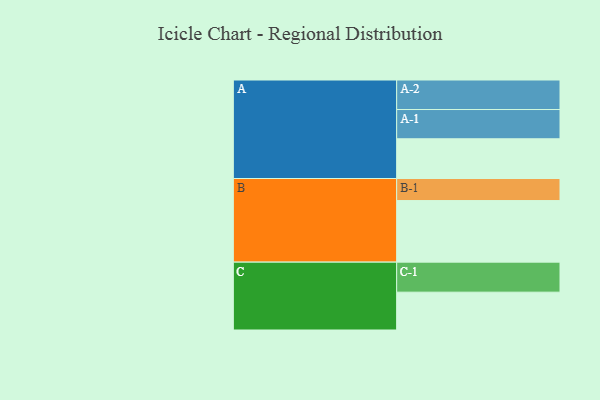
{"axis": {"x": "Segment", "y": "Value"}, "legend": ["", "A", "B", "C"], "data": [{"x": "A", "y": 315, "type": ""}, {"x": "B", "y": 488, "type": ""}, {"x": "C", "y": 300, "type": ""}, {"x": "A-1", "y": 232, "type": "A"}, {"x": "A-2", "y": 234, "type": "A"}, {"x": "B-1", "y": 175, "type": "B"}, {"x": "C-1", "y": 238, "type": "C"}]}